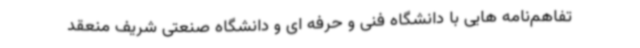
تفاهم‌نامه هایی با دانشگاه فنی و حرفه ای و دانشگاه صنعتی شریف منعقد